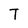
Character: T